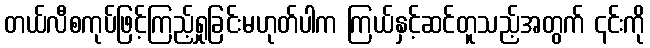
တယ်လီစကုပ်ဖြင့်ကြည့်ရှုခြင်းမဟုတ်ပါက ကြယ်နှင့်ဆင်တူသည့်အတွက် ၎င်းကို